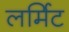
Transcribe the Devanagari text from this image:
लर्मिट